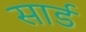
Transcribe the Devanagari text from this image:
सार्ड